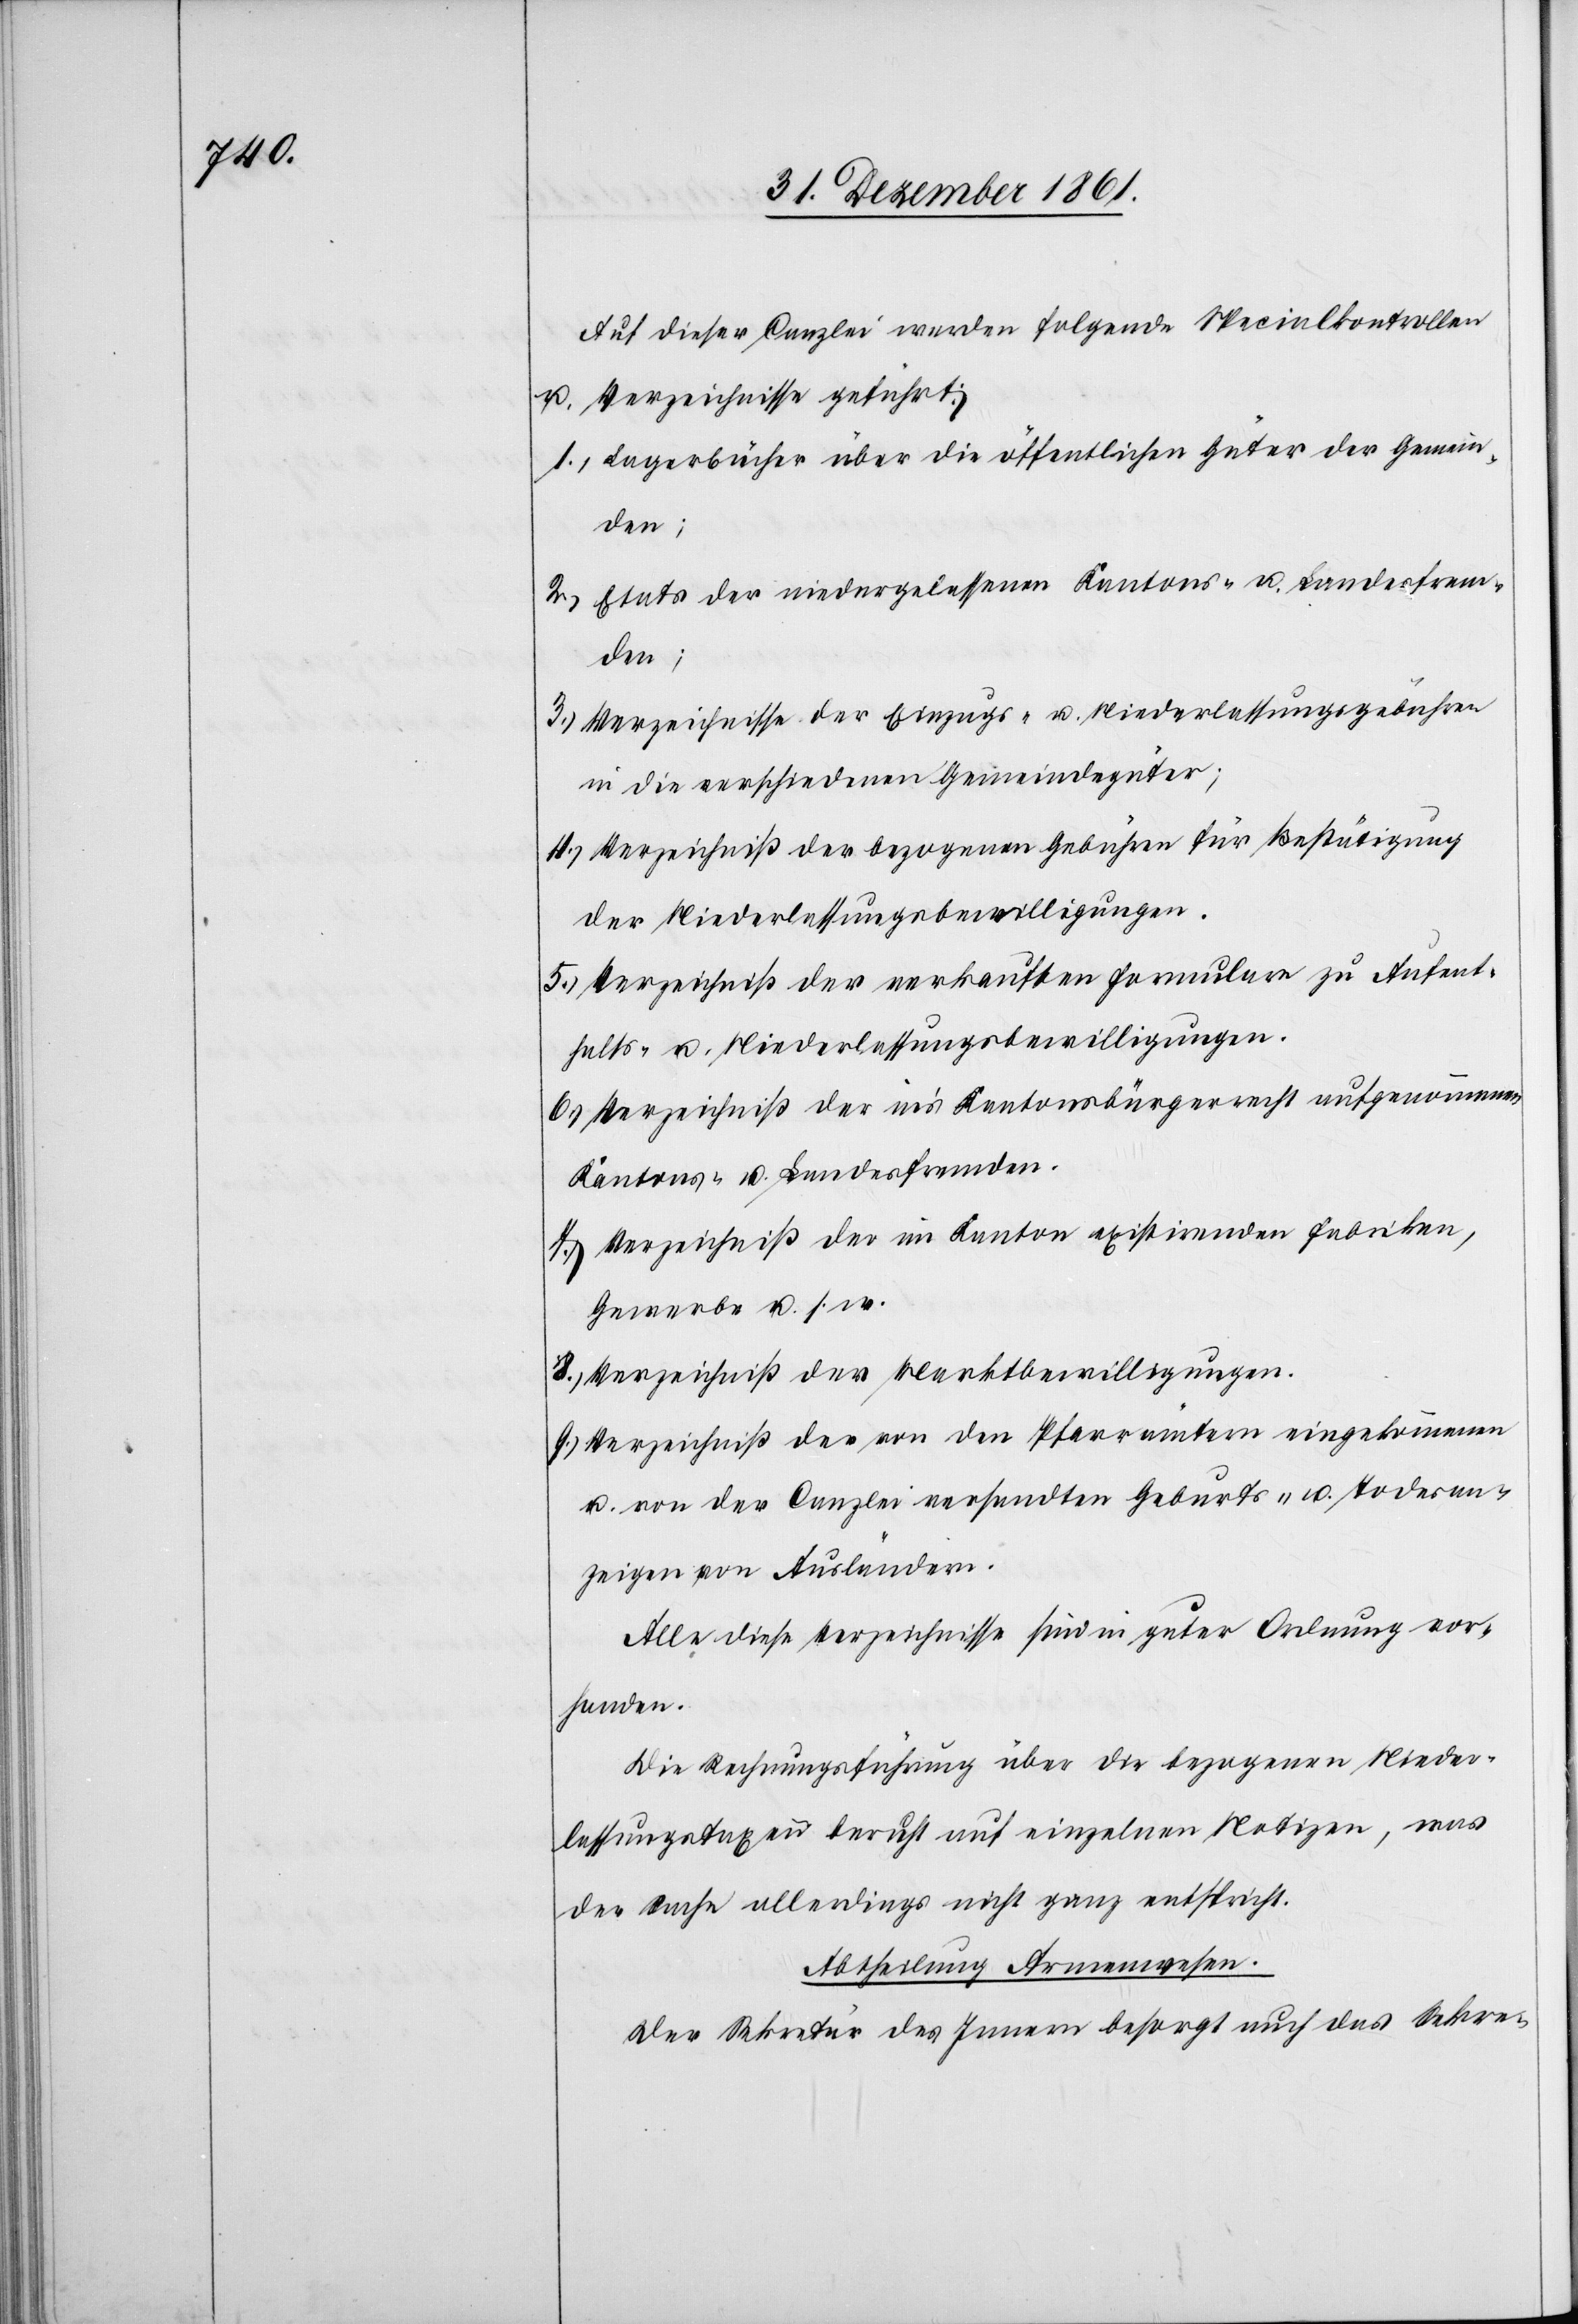
Auf dieser Canzlei werden folgende Specialkontrollen
u. Verzeichnisse geführt:
1.) Lagerbücher über die öffentlichen Güter der Gemein¬
den;
2.) Etats der niedergelassenen Kantons- u. Landesfrem¬
den;
3.) Verzeichnisse der Einzugs- u. Niederlassungsgebühren
in die verschiedenen Gemeindegüter;
4.) Verzeichniß der bezogenen Gebühren für Bestätigung
der Niederlaßungsbewilligungen.
5.) Verzeichniß der verkauften Formulare zu Aufent¬
halts- u. Niederlaßungsbewilligungen.
6.) Verzeichniß der in’s Kantonsbürgerrecht aufgenommenen
Kantons- u. Landesfremden.
7.) Verzeichniß der im Kanton existirenden Fabriken,
Gewerbe u. s. w.
8.) Verzeichniß der Marktbewilligungen.
9.) Verzeichniß der von den Pfarrämtern eingekommenen
u. von der Canzlei versandten Geburts- u. Todesan¬
zeigen von Ausländern.
Alle diese Verzeichnisse sind in guter Ordnung vor¬
handen.
Die Rechnungsführung über die bezogenen Nieder¬
lassungstaxen beruht auf einzelnen Notizen, was
der Sache allerdings nicht ganz entspricht.
Abtheilung Armenwesen.
Der Sekretär des Innern besorgt auch das Sekre-